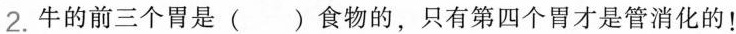
2.牛的前三个胃是( )食物的，只有第四个胃才是管消化的！